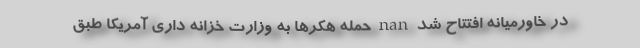
در خاورمیانه افتتاح شد nan حمله هکرها به وزارت خزانه داری آمریکا طبق